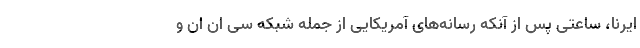
ایرنا، ساعتی پس از آنکه رسانه‌های آمریکایی از جمله شبکه سی ان ان و